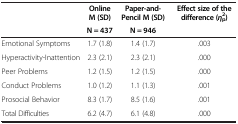
|  | Online M (SD) | Paper-and-Pencil M (SD) | Effect size of the difference (ηp2) |
 |  | N = 437 | N = 946 |  |
 | --- | --- | --- | --- |
 | Emotional Symptoms | 1.7 (1.8) | 1.4 (1.7) | .003 |
 | Hyperactivity-Inattention | 2.3 (2.1) | 2.3 (2.1) | .000 |
 | Peer Problems | 1.2 (1.5) | 1.2 (1.5) | .000 |
 | Conduct Problems | 1.0 (1.2) | 1.1 (1.3) | .001 |
 | Prosocial Behavior | 8.3 (1.7) | 8.5 (1.6) | .001 |
 | Total Difficulties | 6.2 (4.7) | 6.1 (4.8) | .000 |